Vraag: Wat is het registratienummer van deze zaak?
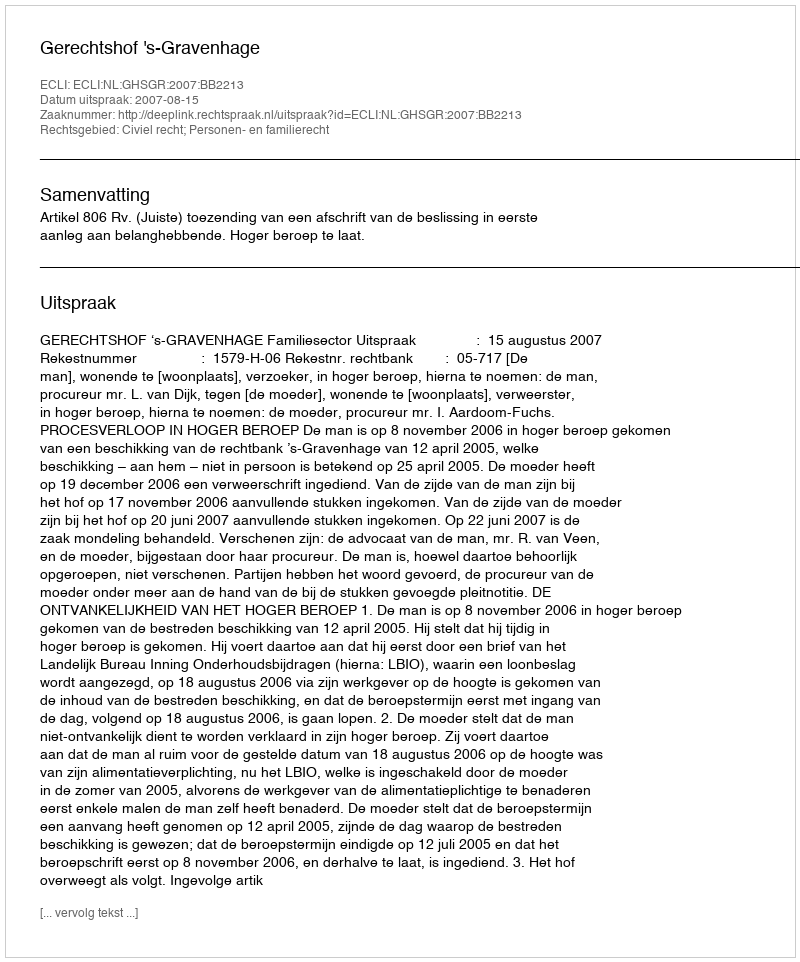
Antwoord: http://deeplink.rechtspraak.nl/uitspraak?id=ECLI:NL:GHSGR:2007:BB2213